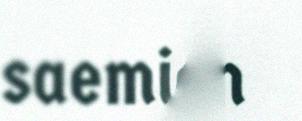
saemien